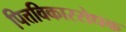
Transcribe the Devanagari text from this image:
पित्तविकाररोधक